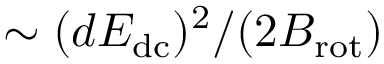
\sim ( d E _ { \mathrm { d c } } ) ^ { 2 } / ( 2 B _ { \mathrm { r o t } } )